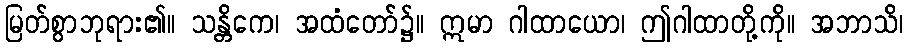
မြတ်စွာဘုရား၏။ သန္တိကေ၊ အထံတော်၌။ ဣမာ ဂါထာယော၊ ဤဂါထာတို့ကို။ အဘာသိ၊